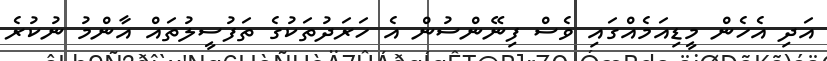
އަދި އެހެން މީޑިއަމެއްގައި ވެސް ފިނޭންސުން އެ ހަރަދުތަކުގެ ތަފުސީލުތައް އާންމު ނުކުރެ